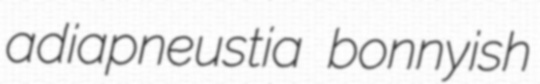
adiapneustia bonnyish